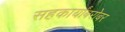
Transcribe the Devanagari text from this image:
सहकार्यांबरोबर